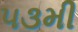
૫૩મી